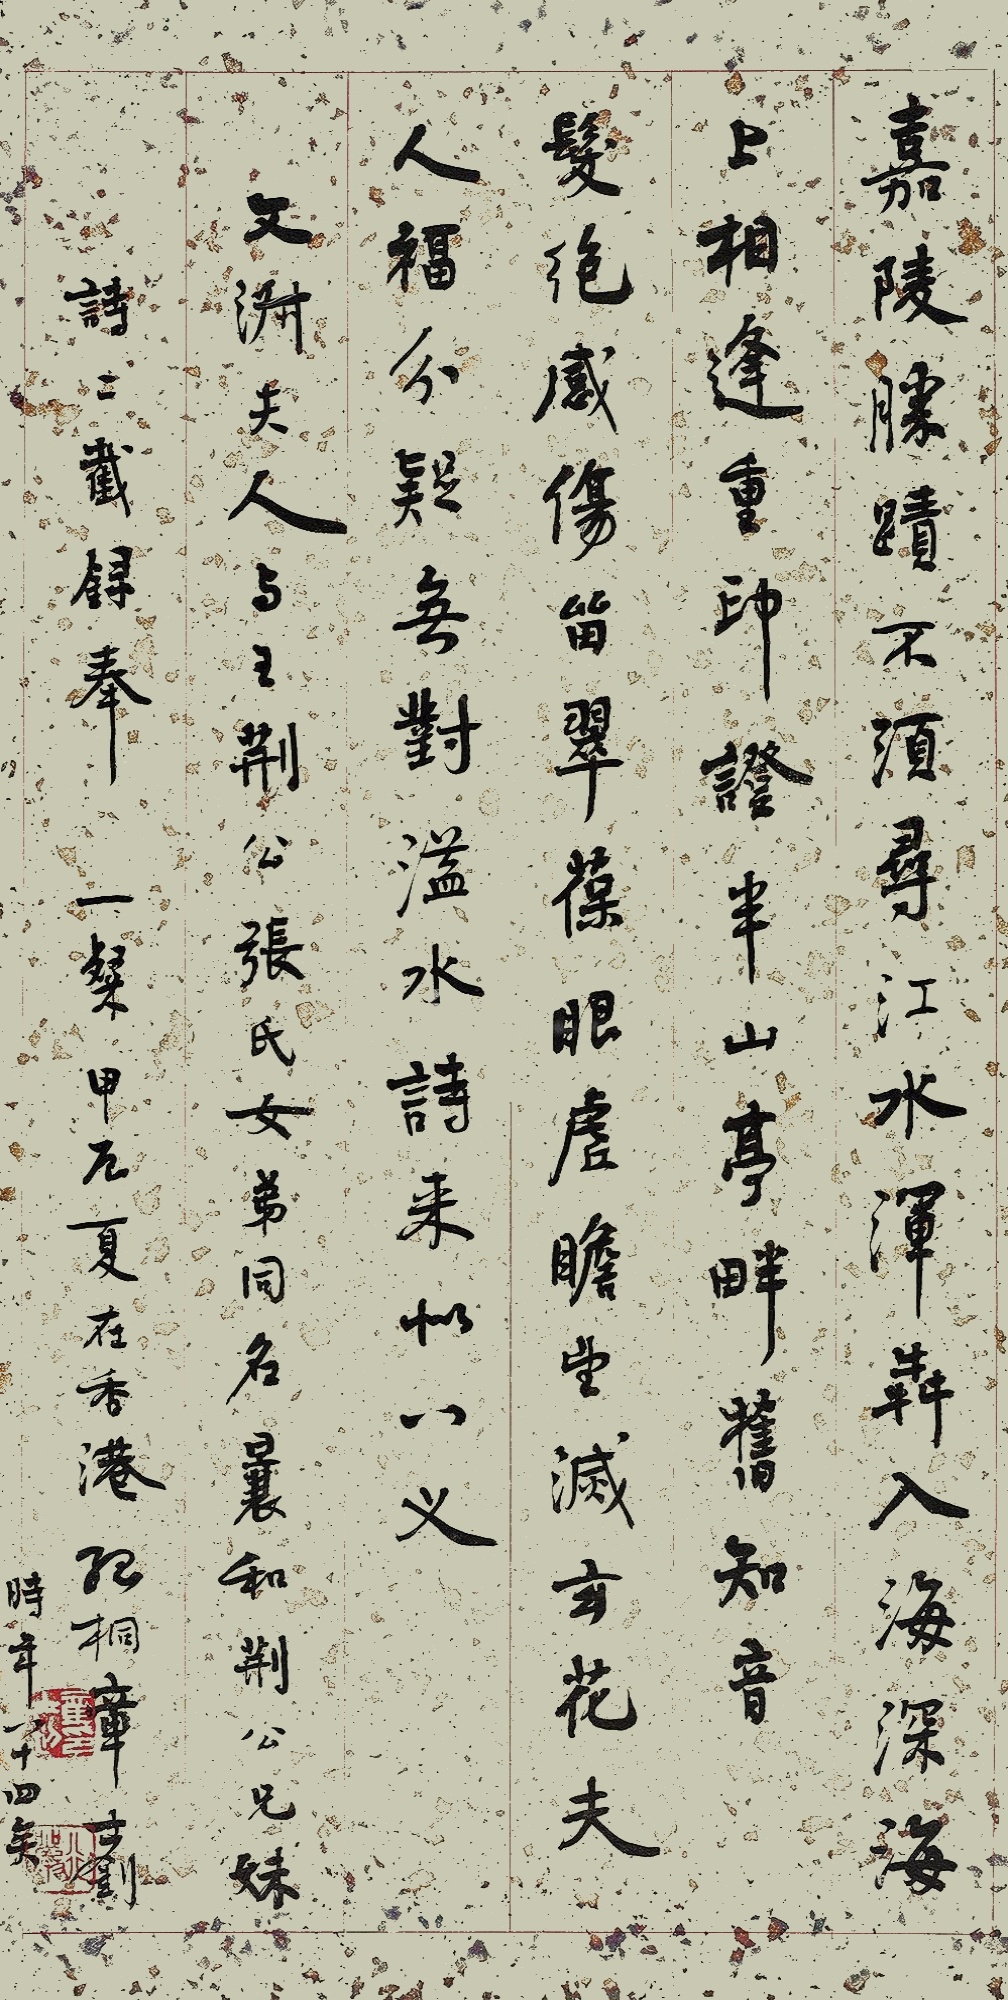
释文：嘉陵胜迹不须寻，江水浑犇入海深。海上相逢重印证，半山亭畔旧知音。发绝感伤笛翠葆，眼虗瞻望灭玄花。夫人福分疑无对，溢水诗来似八义。文洲夫人与王荆公张氏女弟同名曩和荆公兄妹诗二截录奉。一粲甲辰在香港。孤桐，章士钊时年八十四矣。